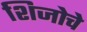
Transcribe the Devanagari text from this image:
शिजोचे